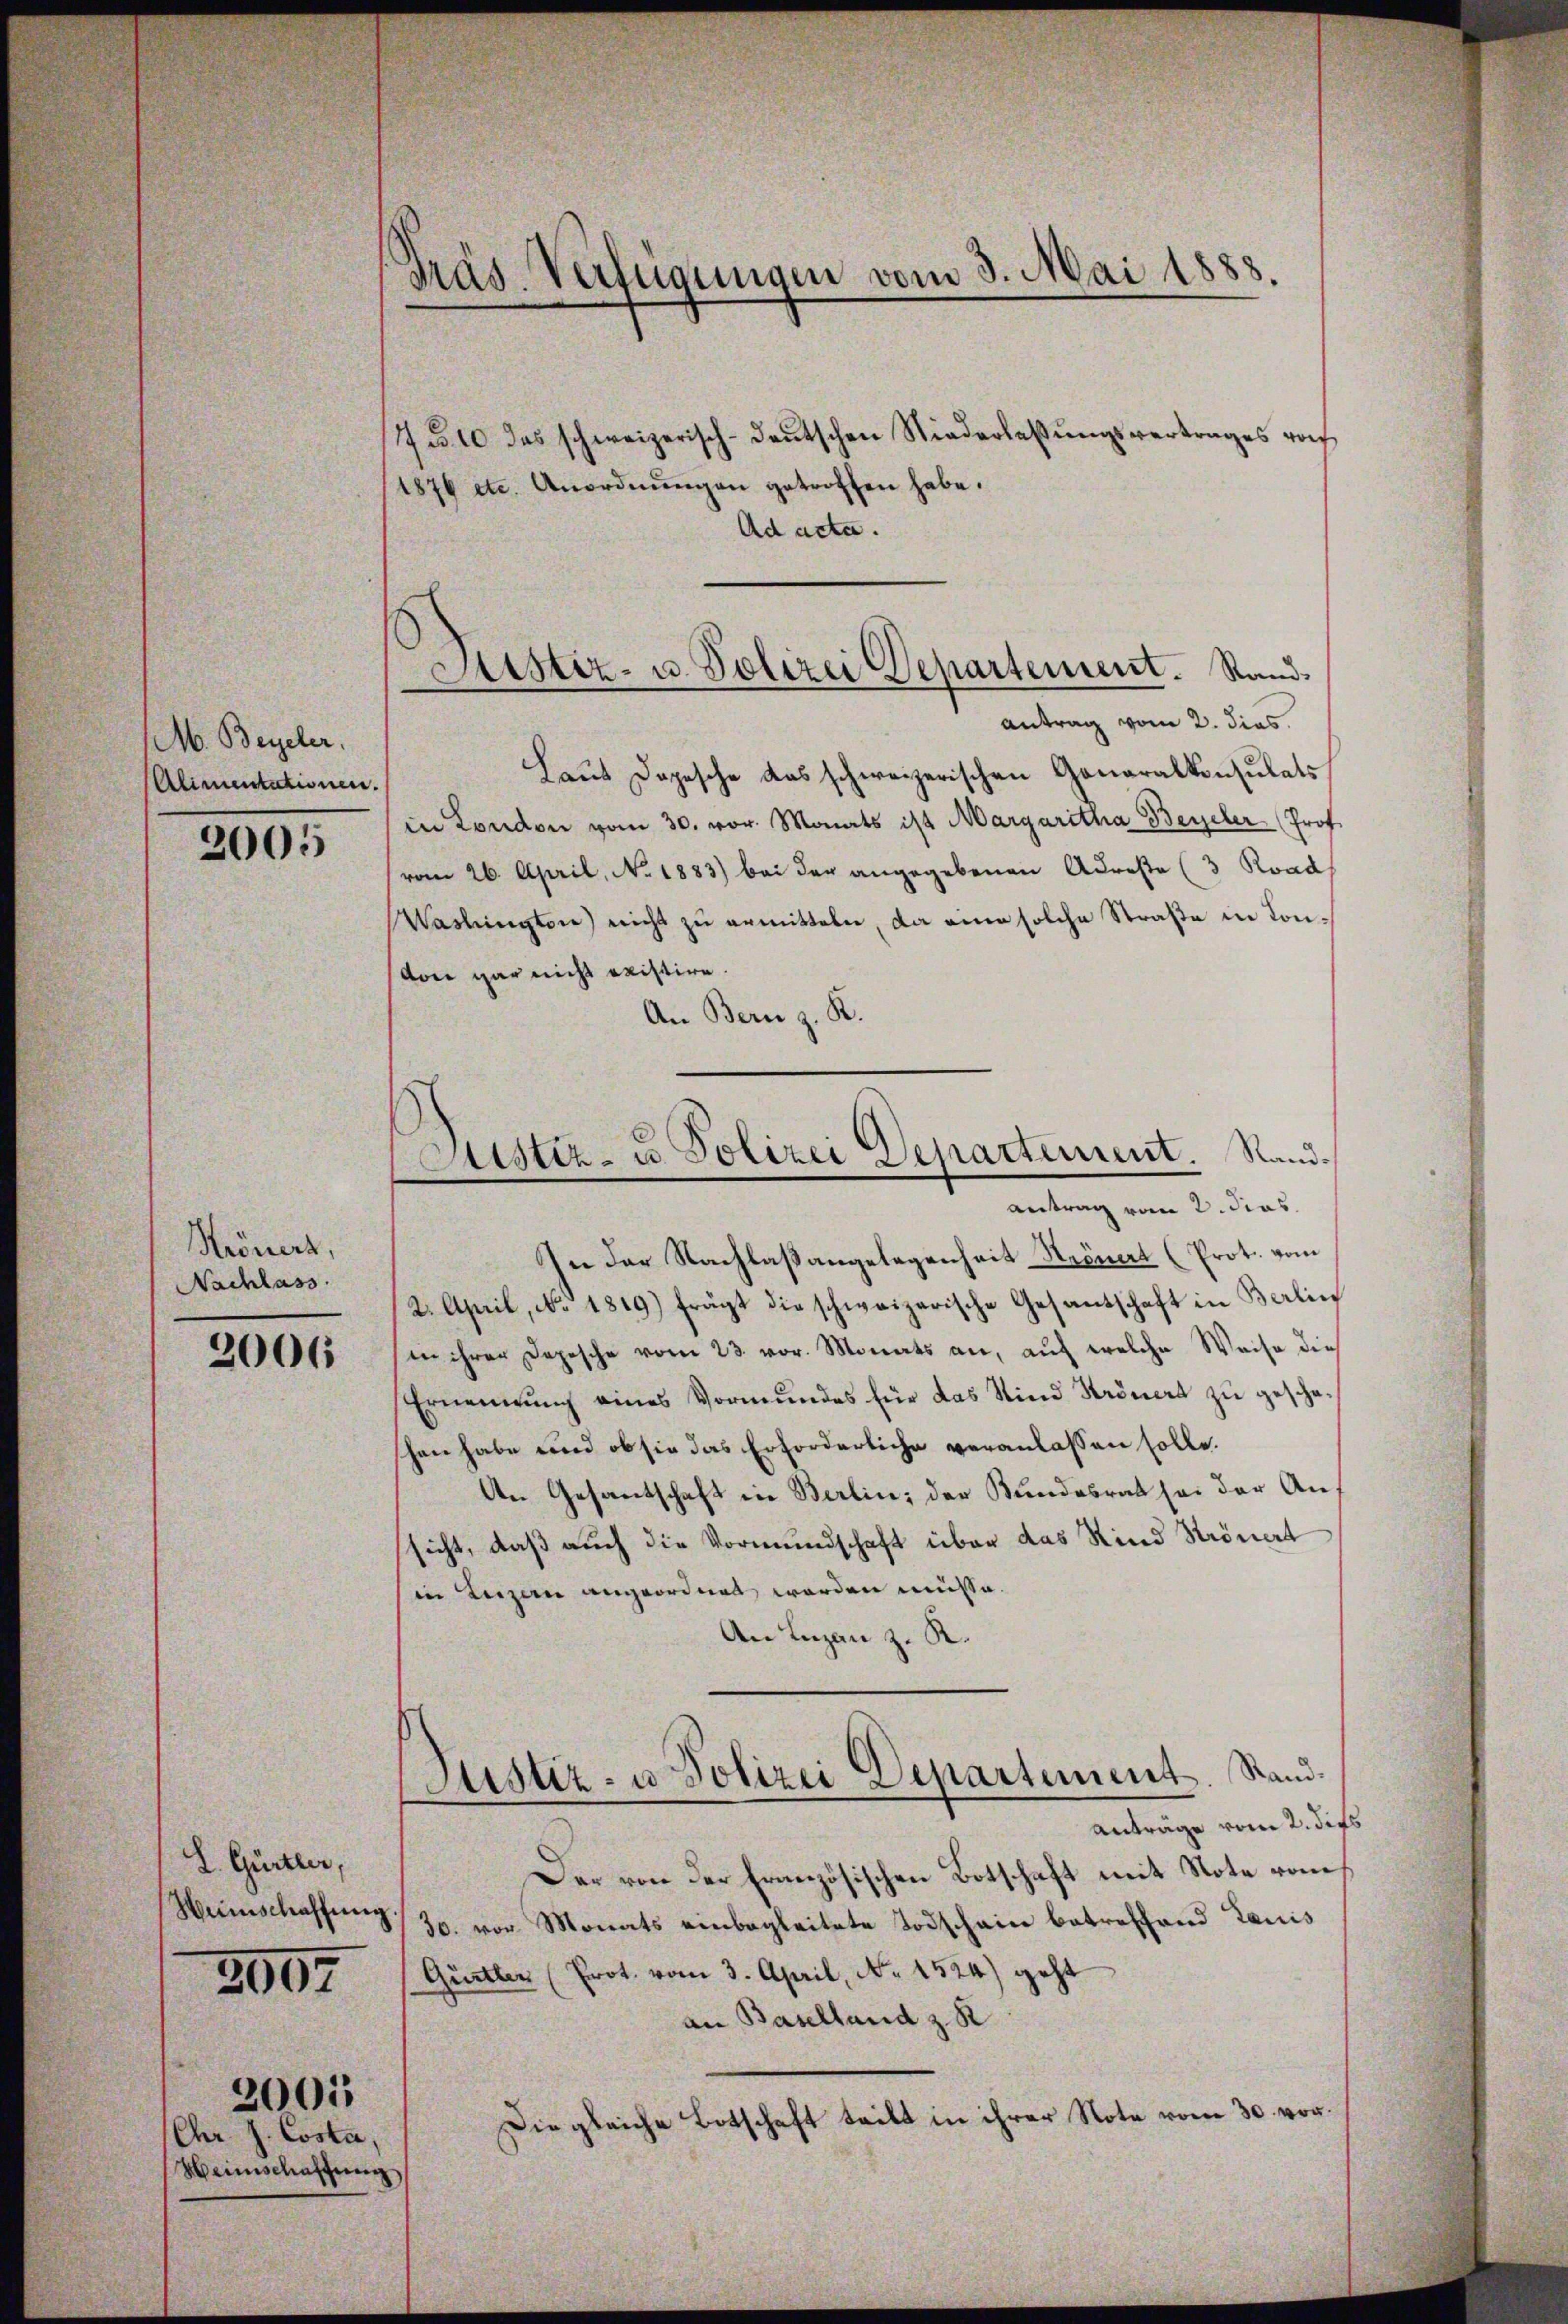
M. Beyeler.
Alimentationen.

2005

Kröners,
Nachlass

2006

L. Gürtler,
Heimschaffung
2097

Chr. J. Costa,
Heinschaffung

2001

Präs. Verfügungen vom 3. Mai 1888.
—

145. 10 das schweizerisch-deutschen Niederlaßungsvertrages vo
1876 etc. Anordnŭngen getroffen habe.
Ad acta.
Antrag vom 2. dies
Laut Dopesche das schweizerischen Generalkonsulats
in London vom 30. vor. Monats ist Margaritha Bezeler (Prof.
vom 26. April, No. 1883) bei der angegebenen Adreste (3 Road
Waslington) nicht zu ermitteln, da eine solche Straße in Convone gar nicht existire.
An Bern z. K.
In der Nachlaßangelegenheit Krönert (Prot. vom
2. April, No. 1819.) frägt die schweizerische Gesandschaft in Berlin
in ihrer Depesche vom 23. vor. Monats an, aŭf welche Weise dies
Ernennung eines Vormundes für das Sind Krönert zu gescheschen habe und ob sie das Erforderliche veranlassen solle.
An Gesantschaft in Berlin, der Bundesrat sei der Ansicht, daß auch die Vormundschaft über das Kind Strönert
in Luzern angeordnet worden müsse.
An Luzan z. R.
Justiz- u. Polizei Departement. Stand¬
Anträge vom 2. dies
Der von der Französischen Botschaft mit Note vom
30. vor Monats einbegleitete Todschain betreffend Lauis
Gürtler (Prot. vom 3. April, No. 1524) geht
an Baselland z. R.
Diegleiche Botschaft teilt in ihrer Note vom 30. vor.

Justiz- u. Polizei Departement. Sand¬

Justiz- u. Polizei Departement. Sandantrag vom 2. dies